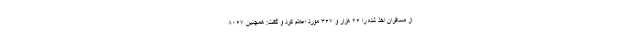
از مسافران اخذ شده را ۲۶ هزار و ۳۶۷ مورد اعلام کرد و گفت: همچنین ۸۰۶۷